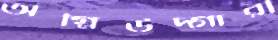
অগ্নিউদ্গারী